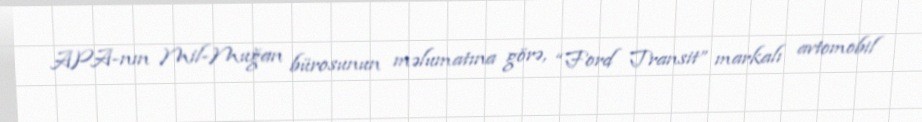
APA-nın Mil-Muğan bürosunun məlumatına görə, “Ford Transit” markalı avtomobil